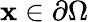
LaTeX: \mathbf{x}\in\partial\Omega